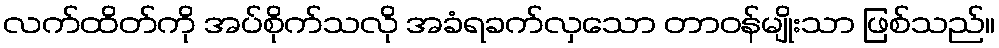
လက်ထိတ်ကို အပ်စိုက်သလို အခံရခက်လှသော တာဝန်မျိုးသာ ဖြစ်သည်။